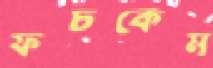
ফচকেম